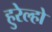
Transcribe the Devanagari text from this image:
हुरेल्हो